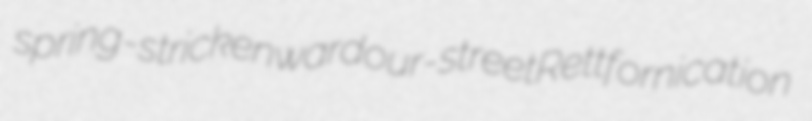
spring-stricken wardour-street Rett fornication